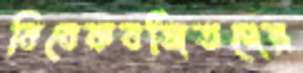
বিবেকবর্জিতদের